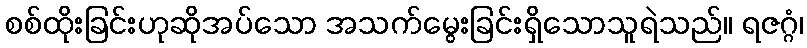
စစ်ထိုးခြင်းဟုဆိုအပ်သော အသက်မွေးခြင်းရှိသောသူရဲသည်။ ရဇဂ္ဂံ၊